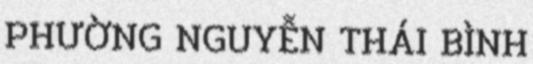
PHƯỜNG NGUYỄN THÁI BÌNH